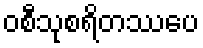
ဝစီသုစရိတဿပေ